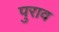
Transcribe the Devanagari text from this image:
पुराव